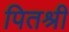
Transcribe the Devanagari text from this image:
पितश्री